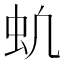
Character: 𬟵